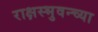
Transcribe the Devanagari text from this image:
राक्षस्भुवन्च्या